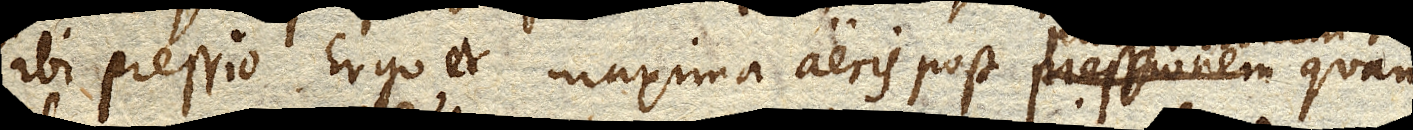
ibi pressio. Ergo et maxima aeris post pressionem purgationem quan–